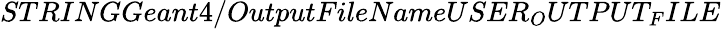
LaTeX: STRINGGeant4/OutputFileNameUSER_{O}UTPUT_{F}ILE